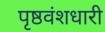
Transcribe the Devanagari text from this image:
पृष्ठवंशधारी